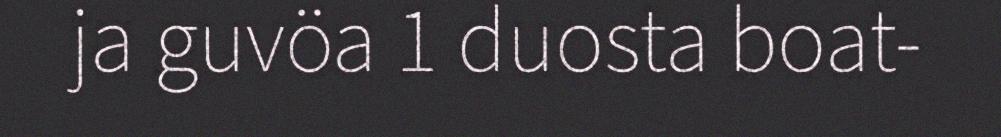
ja guvöa 1 duosta boat-